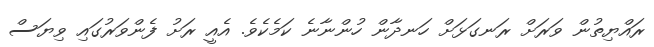
ރައްޔިތުން ވަރަށް ރަނގަޅަށް ހަނދާން ހުންނާނެ ކަމެކެވެ. އެއީ ރަށު ފެންވަރުގައި ވިޔަސް